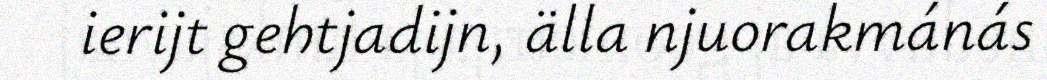
ierijt gehtjadijn, älla njuorakmánás